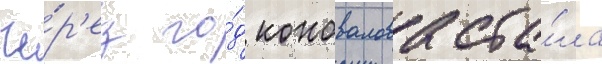
Че́р'ез го́д коновалова ста́ла